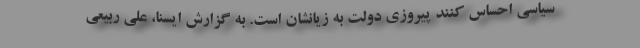
سیاسی احساس کنند پیروزی دولت به زیانشان است. به گزارش ایسنا، علی ربیعی